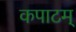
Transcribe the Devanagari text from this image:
कपाटम्